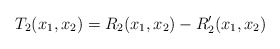
\begin{align*}T_2(x_1,x_2)=R_2(x_1,x_2)-R_2^{\prime}(x_1,x_2)\end{align*}